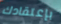
بإعتقادك